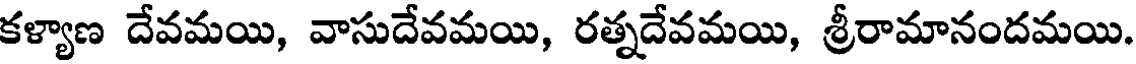
కళ్యాణ దేవమయి, వాసుదేవమయి, రత్నదేవమయి, శ్రీరామానందమయి.